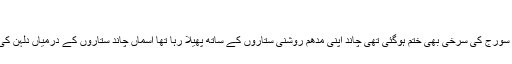
‘‘
شام ڈھل چکی تھی سورج کی سرخی بھی ختم ہوگئی تھی چاند اپنی مدھم روشنی ستاروں کے ساتھ پھیلا رہا تھا آسماں چاند ستاروں کے درمیاں دلہن کی طرح سجا ہوا تھا۔